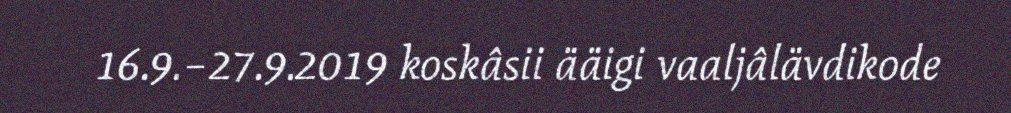
16.9.–27.9.2019 koskâsii ääigi vaaljâlävdikode